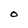
Character: O